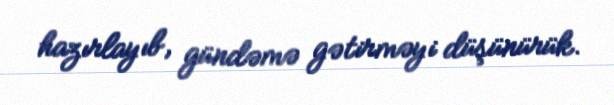
hazırlayıb, gündəmə gətirməyi düşünürük.